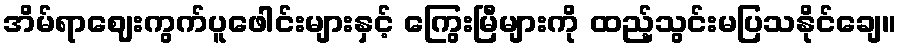
အိမ်ရာဈေးကွက်ပူဖေါင်းများနှင့် ကြွေးမြီများကို ထည့်သွင်းမပြသနိုင်ချေ။